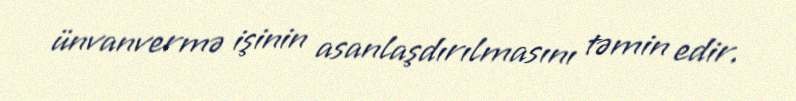
ünvanvermə işinin asanlaşdırılmasını təmin edir.